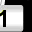
Digit: 1